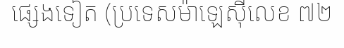
ផ្សេងទៀត (ប្រទេសម៉ាឡេស៊ីលេខ ៧២